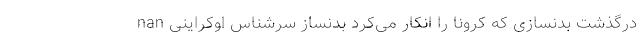
nan درگذشتِ بدنسازی که کرونا را انکار می‌کرد بدنساز سرشناس اوکراینی